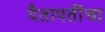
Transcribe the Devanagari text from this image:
दैतापतींचा